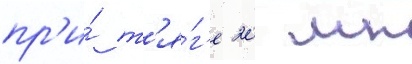
пр'и́ т'я́г'е 20 мн